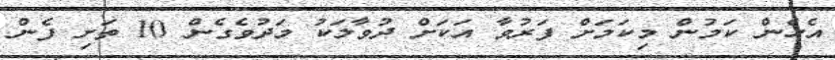
އެހެން ކަމުން މިކަމަށް ފަރުވާ އަކަށް ދުވާލަކު މަދުވެގެން 10 ތަށި ފެން